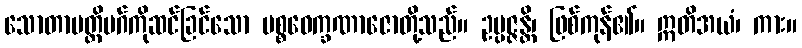
သောတာပတ္တိမဂ်ကိုဆင်ခြင်သော ပစ္စဝေက္ခဏာဇောတို့သည်။ ဥပ္ပဇ္ဇန္တိ၊ ဖြစ်ကုန်၏။ ဣတိအယံ၊ ကား။